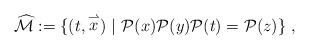
LaTeX: \begin{align*}\widehat{{\mathcal{M}}} := \{ (t, \stackrel{\rightharpoonup}{x})\ |\ {\mathcal{P}}(x) {\mathcal{P}}(y) {\mathcal{P}}(t) = {\mathcal{P}}(z)\}\ ,\end{align*}